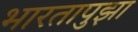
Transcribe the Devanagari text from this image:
भारतापुझा